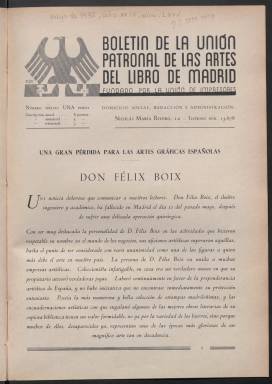
Título: Boletín de la Unión Patronal de las Artes del Libro de Madrid
Colección: Artes gráficas
Ámbito geográfico: Madrid
Lugar de publicación: Madrid
Fechas: 01/05/1932-31/07/1936